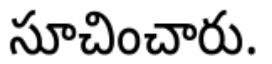
సూచించారు.